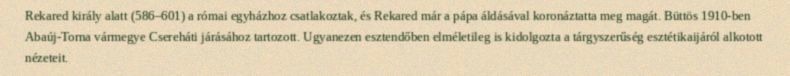
Rekared király alatt (586–601) a római egyházhoz csatlakoztak, és Rekared már a pápa áldásával koronáztatta meg magát. Büttös 1910-ben Abaúj-Torna vármegye Csereháti járásához tartozott. Ugyanezen esztendőben elméletileg is kidolgozta a tárgyszerűség esztétikaijáról alkotott nézeteit.